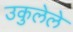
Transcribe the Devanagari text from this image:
उकुलेले